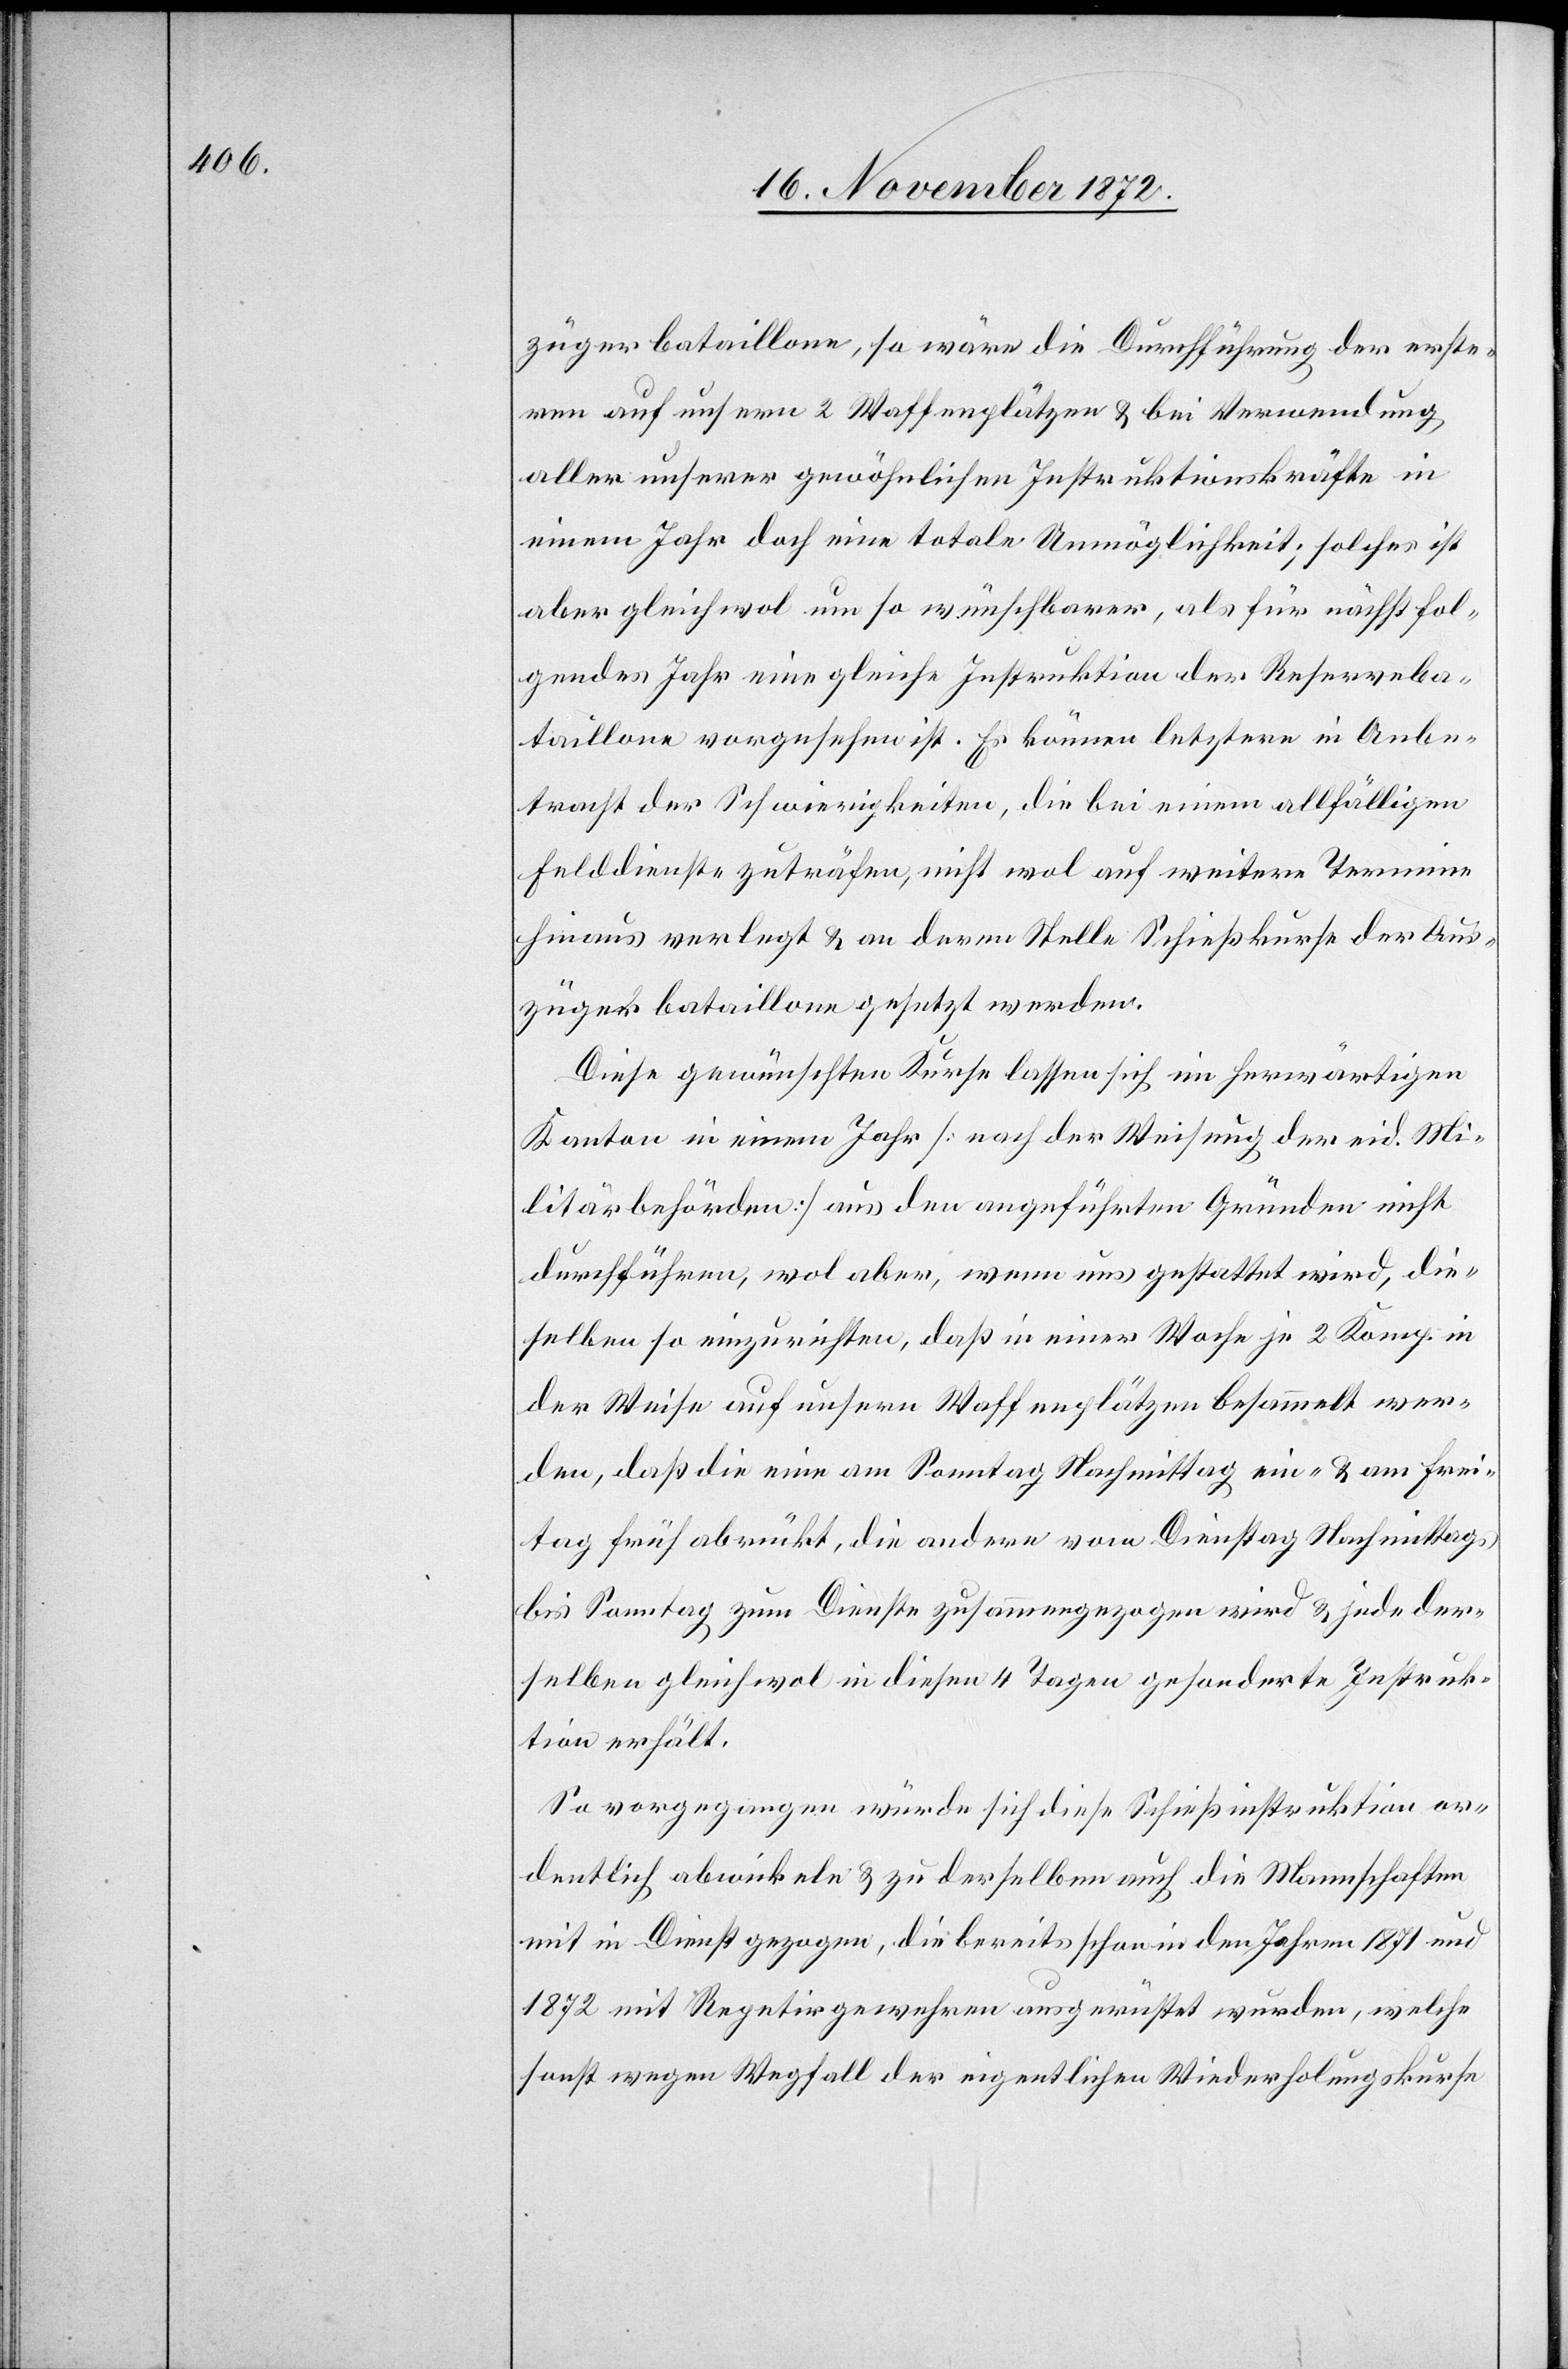
zügerbataillone, so wäre die Durchführung der erste¬
ren auf unsern 2 Waffenplätzen u. bei Verwendung
aller unserer gewöhnlichen Instruktionskräfte in
einem Jahr doch eine totale Unmöglichkeit; solches ist
aber gleichwol um so wünschbarer, als für nächstfol¬
gendes Jahr eine gleiche Instruktion der Reserveba¬
taillone vorgesehen ist. Es können letztere in Anbe¬
tracht der Schwierigkeiten, die bei einem allfälligen
Felddienste zuträfen, nicht wol auf weitere Termine
hinaus verlegt u. an deren Stelle Schießkurse der Aus¬
zügerbataillone gesetzt werden.
Diese gewünschten Kurse lassen sich im herwärtigen
Kanton in einem Jahr [nach der Weisung der eid. Mi¬
litärbehörden] aus den angeführten Gründen nicht
durchführen, wol aber, wenn uns gestattet wird, die¬
selben so einzurichten, daß in einer Woche je 2 Komp. in
der Weise auf unsern Waffenplätzen besammelt wer¬
den, daß die eine am Sonntag Nachmittag ein- u. am Frei¬
tag früh abrückt, die andere vom Dienstag Nachmittags
bis Sonntag zum Dienste zusammengezogen wird u. jede der¬
selben gleichwol in diesen 4 Tagen gesonderte Instruk¬
tion erhält.
So vorgegangen würde sich diese Schießinstruktion or¬
dentlich abwickeln u. zu derselben auch die Mannschaften
mit in Dienst gezogen, die bereits schon in den Jahren 1871 und
1872 mit Repetirgewehren ausgerüstet wurden, welche
sonst wegen Wegfall der eigentlichen Wiederholungskurse